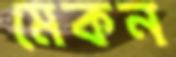
মেকন